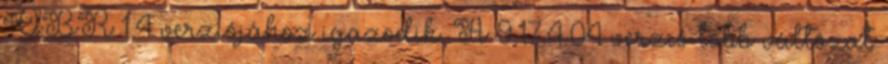
OBR 1.4 verziójához igazodik. A 9.17.4.04 verzió több változat